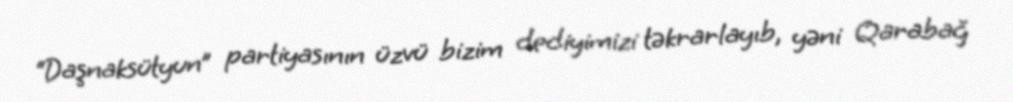
“Daşnaksütyun” partiyasının üzvü bizim dediyimizi təkrarlayıb, yəni Qarabağ